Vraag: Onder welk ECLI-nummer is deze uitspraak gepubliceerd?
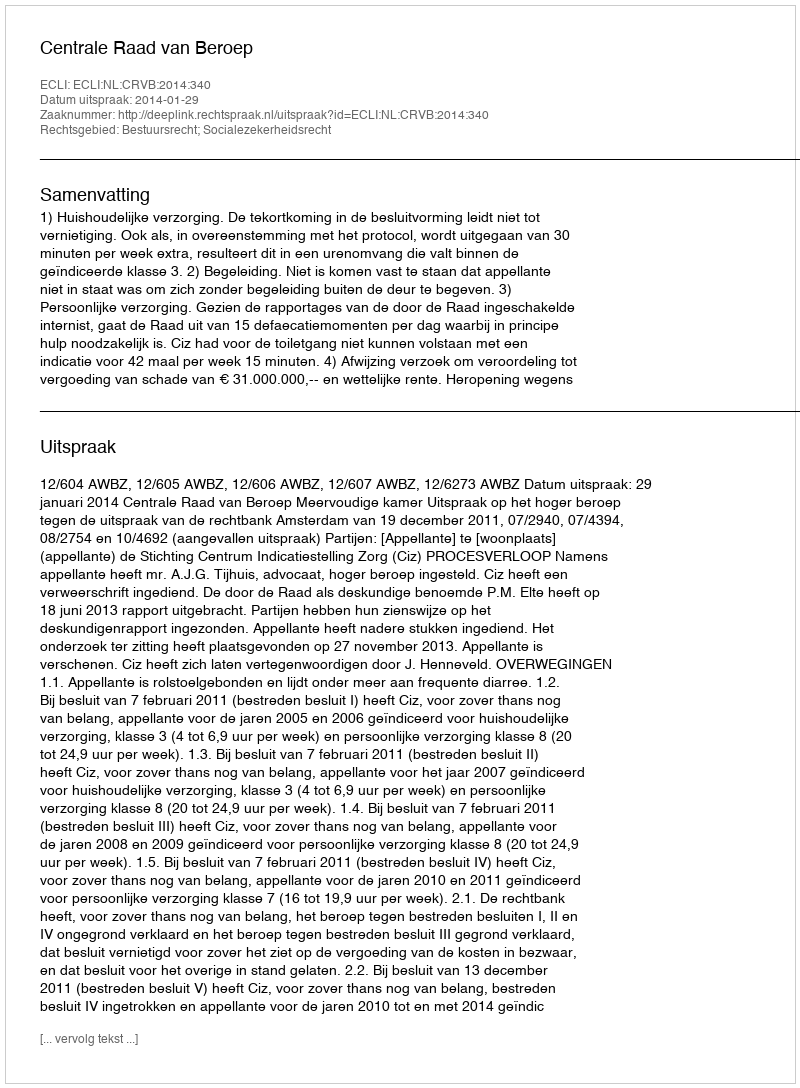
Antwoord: ECLI:NL:CRVB:2014:340